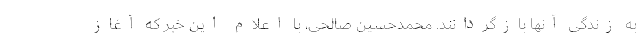
به زندگی آنها بازگردانند. محمدحسین صالحی، با اعلام این خبر که آغاز